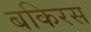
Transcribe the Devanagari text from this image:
बकिरस